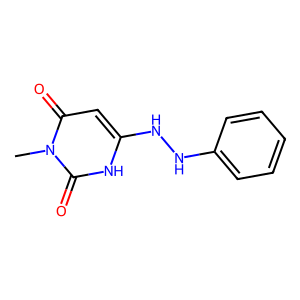
SMILES: Cn1c(=O)cc(NNc2ccccc2)[nH]c1=O
Inhibits HIV replication: No